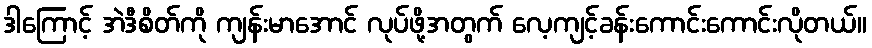
ဒါကြောင့် အဲဒီစိတ်ကို ကျန်းမာအောင် လုပ်ဖို့အတွက် လေ့ကျင့်ခန်းကောင်းကောင်းလိုတယ်။